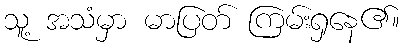
သူ့ အသံမှာ မာပြတ် ကြမ်းရှနေ၏။